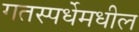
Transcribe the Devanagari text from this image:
गतस्पर्धेमधील